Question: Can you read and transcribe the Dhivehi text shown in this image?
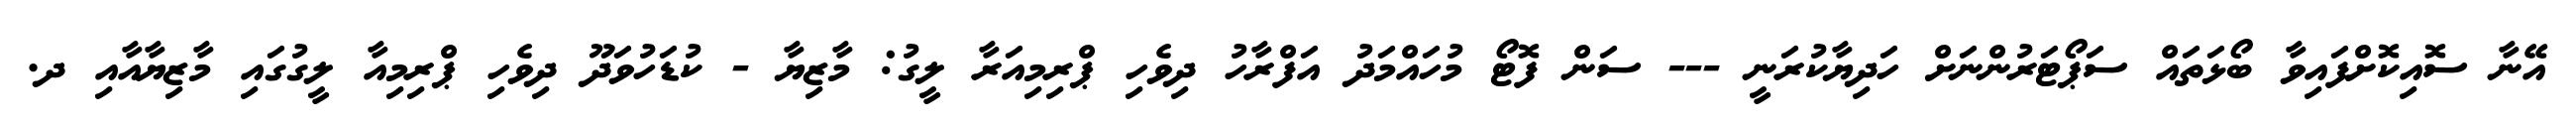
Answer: އޭނާ ސޮއިކޮށްފައިވާ ބޯޅަތައް ސަޕޯޓަރުންނަށް ހަދިޔާކުރަނީ --- ސަން ފޮޓޯ މުހައްމަދު އަފްރާހު ދިވެހި ޕްރިމިއަރާ ލީގު: މާޒިޔާ - ކުޑަހުވަދޫ ދިވެހި ޕްރިމިއާ ލީގުގައި މާޒިޔާއާއި ދ.